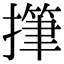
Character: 𢴩